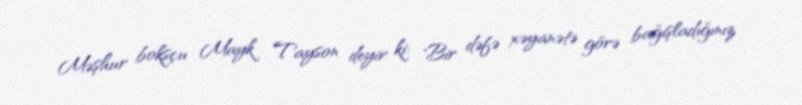
Məşhur boksçu Mayk Tayson deyir ki: "Bir dəfə xəyanətə görə bağışladığınız